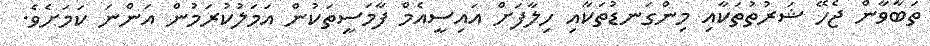
ތަބާވާން ޖެހޭ ޝަރުތުތަކާއި މިންގަނޑުތަކާއި ހިލާފަށް އައިސީއެމް ފާމަސީތަކުން އަމަލުކުރަމުން އަންނަ ކަމަށެވެ.